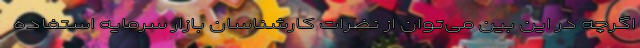
اگرچه در این‌ بین می‌توان از نظرات کارشناسان بازار سرمایه استفاده